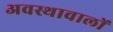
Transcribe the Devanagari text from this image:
अवस्थावालों